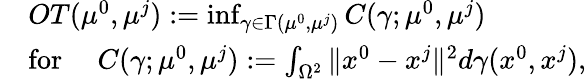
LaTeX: \begin{array}{rl}&{OT(\mu^{0},\mu^{j}):=\operatorname*{inf}_{\gamma\in\Gamma(\mu^{0},\mu^{j})}C(\gamma;\mu^{0},\mu^{j})}\\ &{\mathrm{for~}\quad C(\gamma;\mu^{0},\mu^{j}):=\int_{\Omega^{2}}\| x^{0}-x^{j}\| ^{2}d\gamma(x^{0},x^{j}),}\end{array}